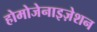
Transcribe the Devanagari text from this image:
होमोजेनाइज़ेशन